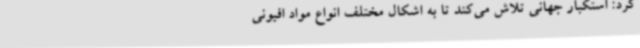
کرد: استکبار جهانی تلاش می‌کند تا به اشکال مختلف انواع مواد افیونی